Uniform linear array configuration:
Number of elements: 24
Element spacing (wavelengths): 1
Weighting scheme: cosine
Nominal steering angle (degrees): -30
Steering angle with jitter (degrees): -30.229
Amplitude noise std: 0.05
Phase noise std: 0.05

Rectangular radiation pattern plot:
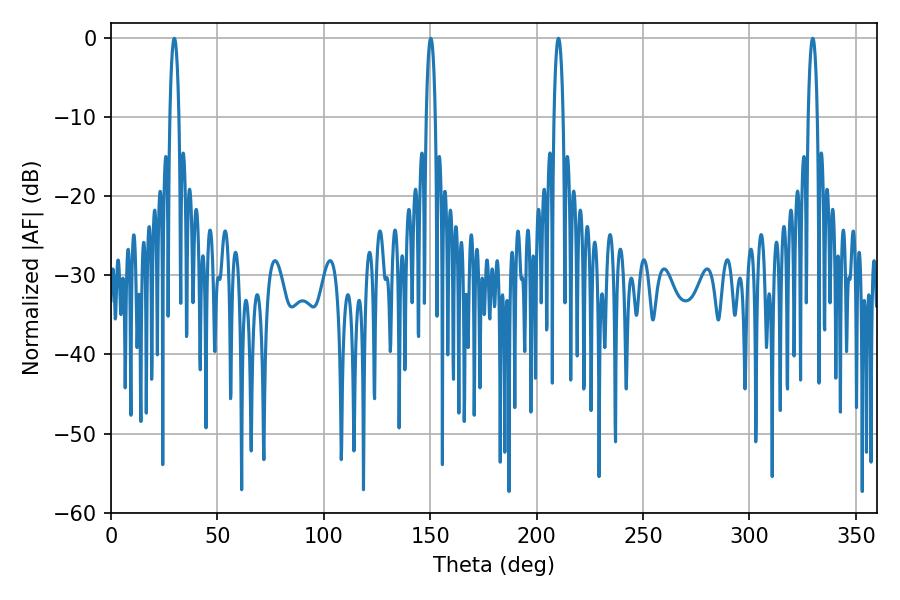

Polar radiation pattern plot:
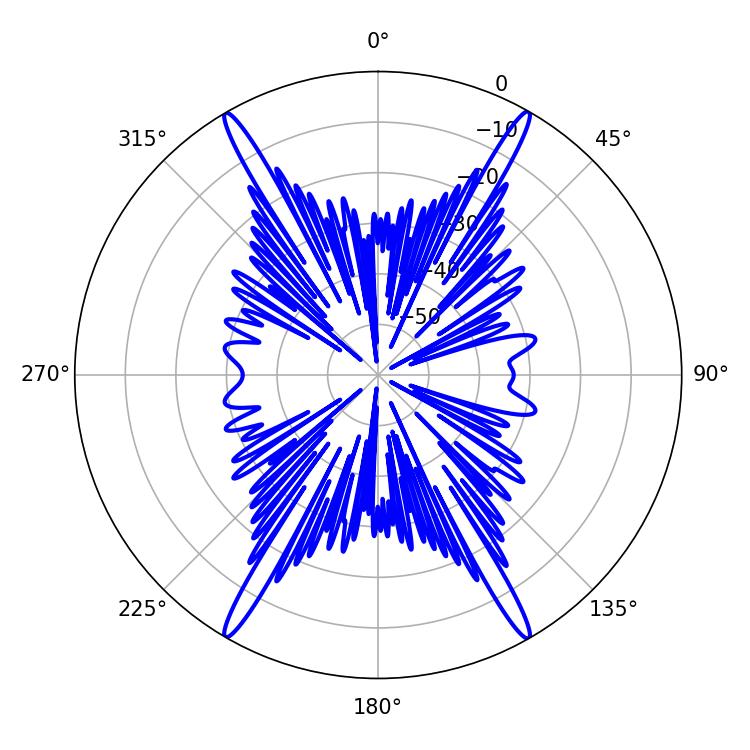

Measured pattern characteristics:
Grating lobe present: TRUE
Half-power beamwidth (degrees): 2.34
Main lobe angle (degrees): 329.76